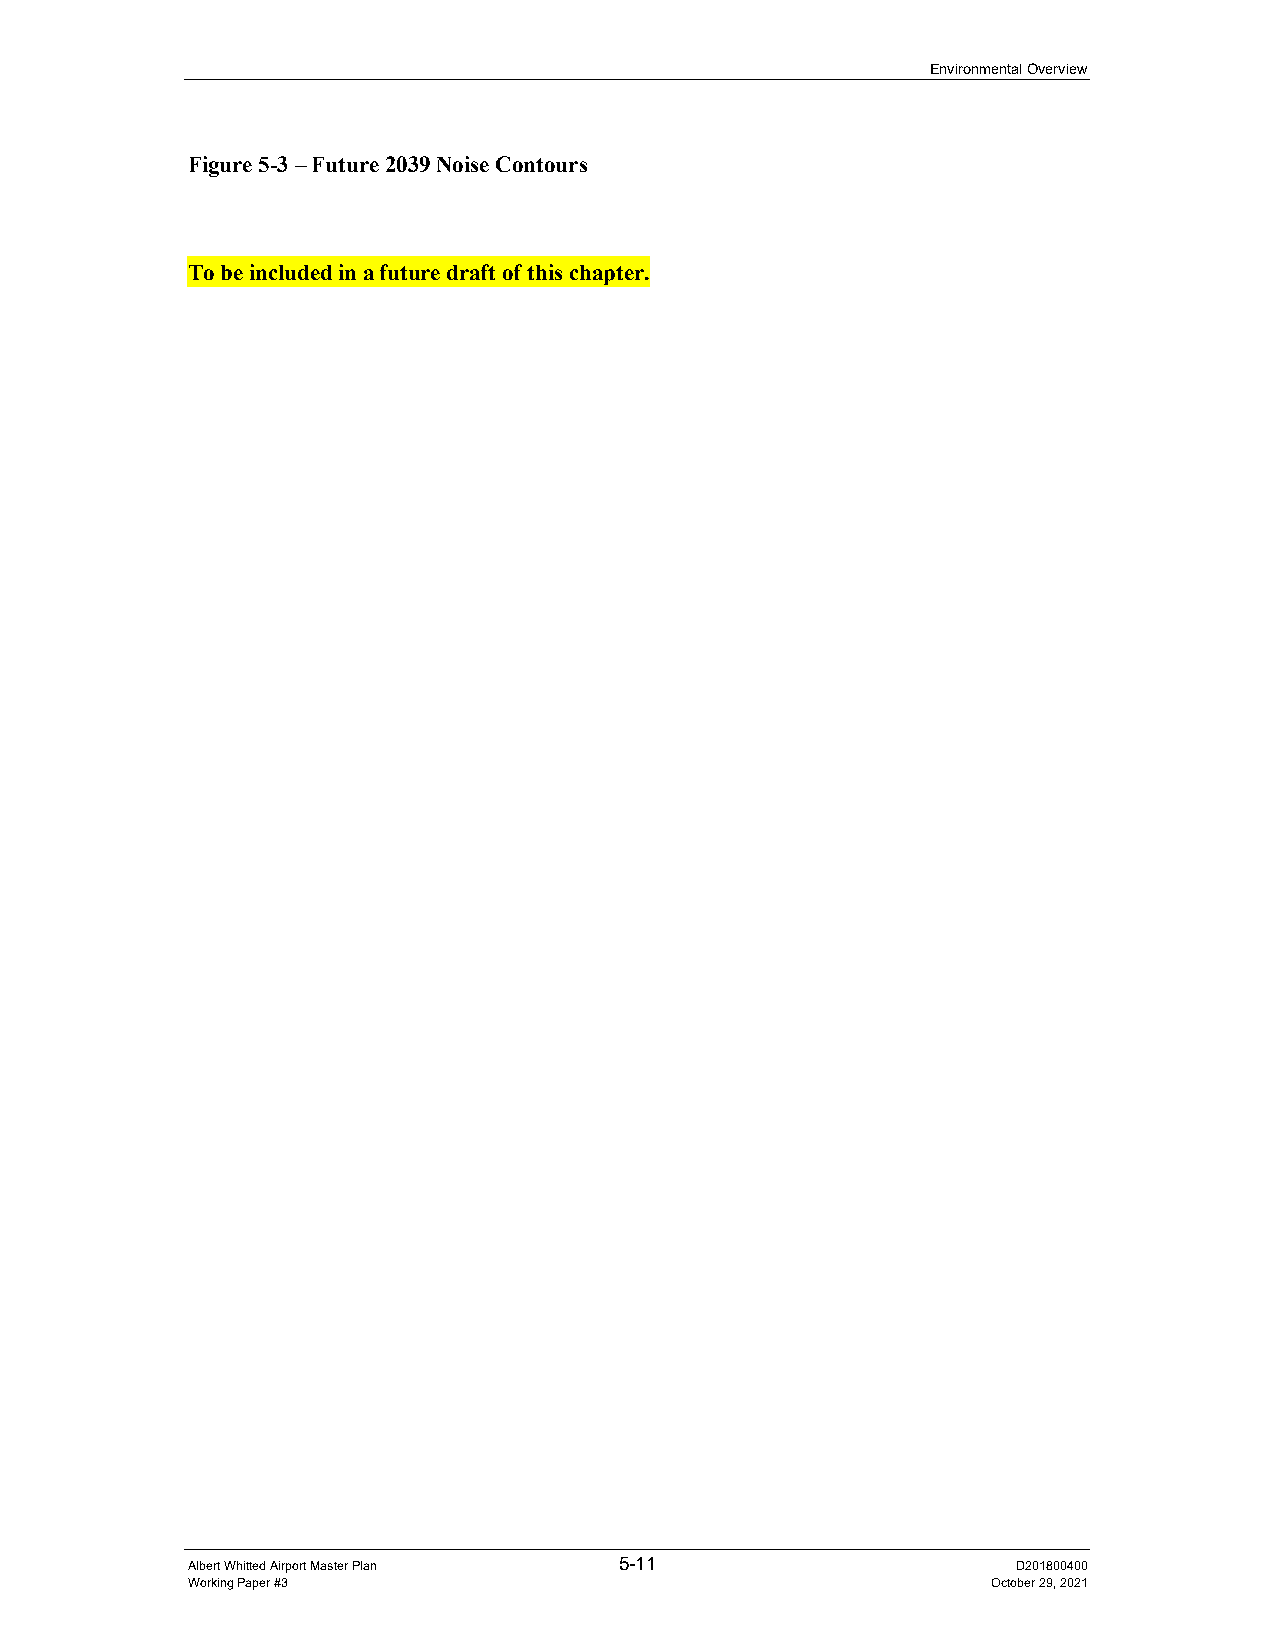
Environmental Overview
 Figure 5-3 – Future 2039 Noise Contours
 To be included in a future draft of this chapter.
 Albert Whitted Airport Master Plan 5-11                D201800400
 Working Paper #3                                      October 29, 2021